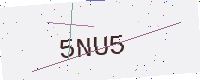
Text: 5NU5